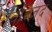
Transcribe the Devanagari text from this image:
विज्जिद